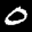
Label: 0